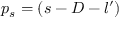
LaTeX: p _ { s } = ( s - D - l ^ { \prime } )